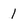
Character: 1